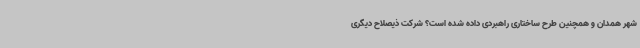
شهر همدان و همچنین طرح ساختاری راهبردی داده شده است؟ شرکت ذیصلاح دیگری